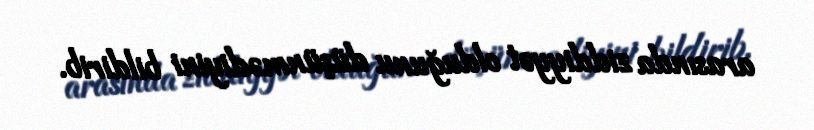
arasında ziddiyyət olduğunu düşünmədiyini bildirib.